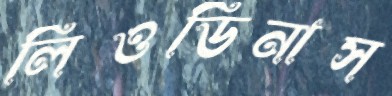
লিওডিনাস